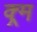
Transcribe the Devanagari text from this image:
क्र्म